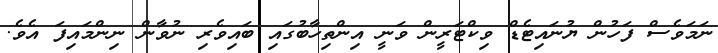
ނަމަވެސް ފަހުން ޔުނައިޓެޑް ވިކްޓަރީން ވަނީ އިންތިހާބުގައި ބައިވެރި ނުވާން ނިންމައިފަ އެވެ.